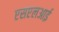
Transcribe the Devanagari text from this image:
एसएलआई